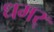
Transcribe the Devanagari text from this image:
धमर्